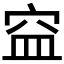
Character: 𥥊